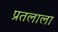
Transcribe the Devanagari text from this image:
प्रतलाला